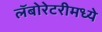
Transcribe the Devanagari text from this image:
लॅबोरेटरीमध्ये